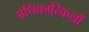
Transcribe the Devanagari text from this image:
अधिकारिकयों